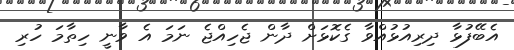
އެބޭފުޅާ ދިރިއުޅުއްވާ ގެކޮޅަށް ދާން ޖެހިއްޖެ ނަމަ އެ ވާނީ ހިތާމަ ހުރި